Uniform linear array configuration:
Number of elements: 8
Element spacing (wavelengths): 0.25
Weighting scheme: blackman
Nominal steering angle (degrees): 60
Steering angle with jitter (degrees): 59.019
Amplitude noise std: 0.05
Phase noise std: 0.05

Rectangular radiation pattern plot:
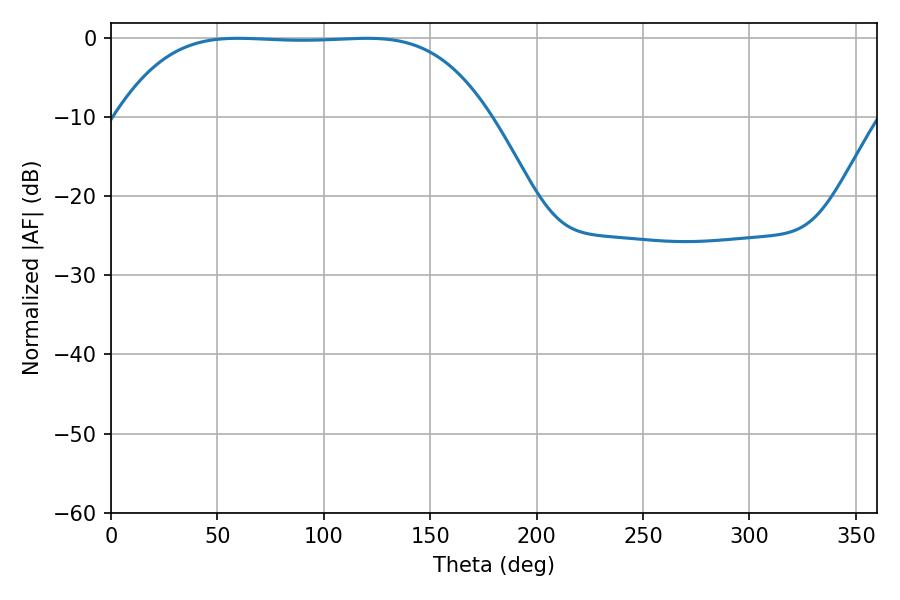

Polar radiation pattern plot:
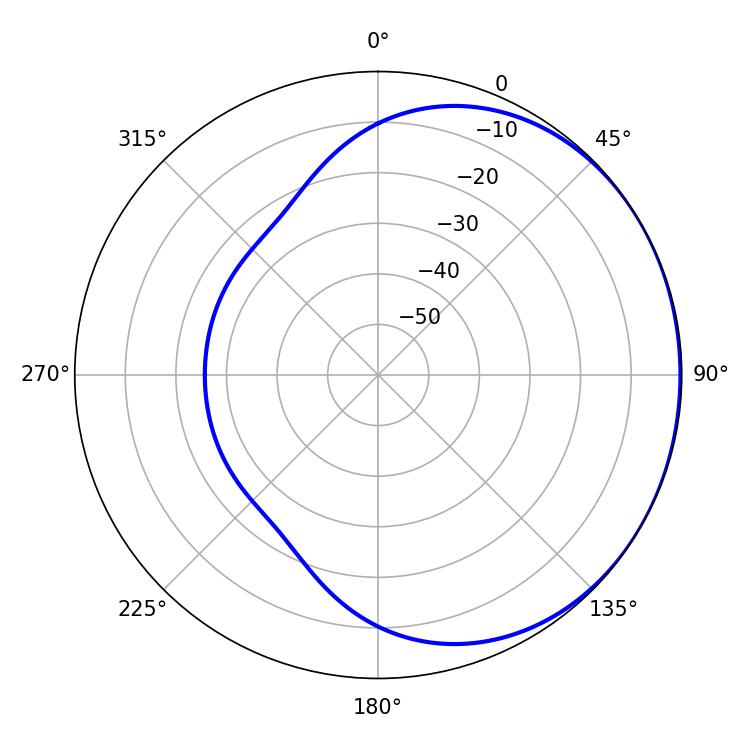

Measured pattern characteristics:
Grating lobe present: FALSE
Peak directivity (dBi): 0.595
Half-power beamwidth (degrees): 133.92
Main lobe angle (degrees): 59.76